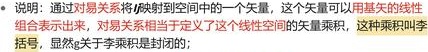
- 说明：通过对易关系将\(I\)映射到空间中的一个矢量，这个矢量可以用基矢的线性组合表示出来，对易关系相当于定义了这个线性空间的矢量积，这种乘积叫李括号（关于李括号的定义）；